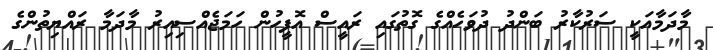
މާދަމާއަކީ ސަރުކާރު ބަންދު ދުވަހެއްގެ ގޮތުގައި ރައީސް އޮފީހުން ހަމަޖެއްސިއިރު މާދަމާ ރައްޔިތުންގެ